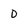
Character: D